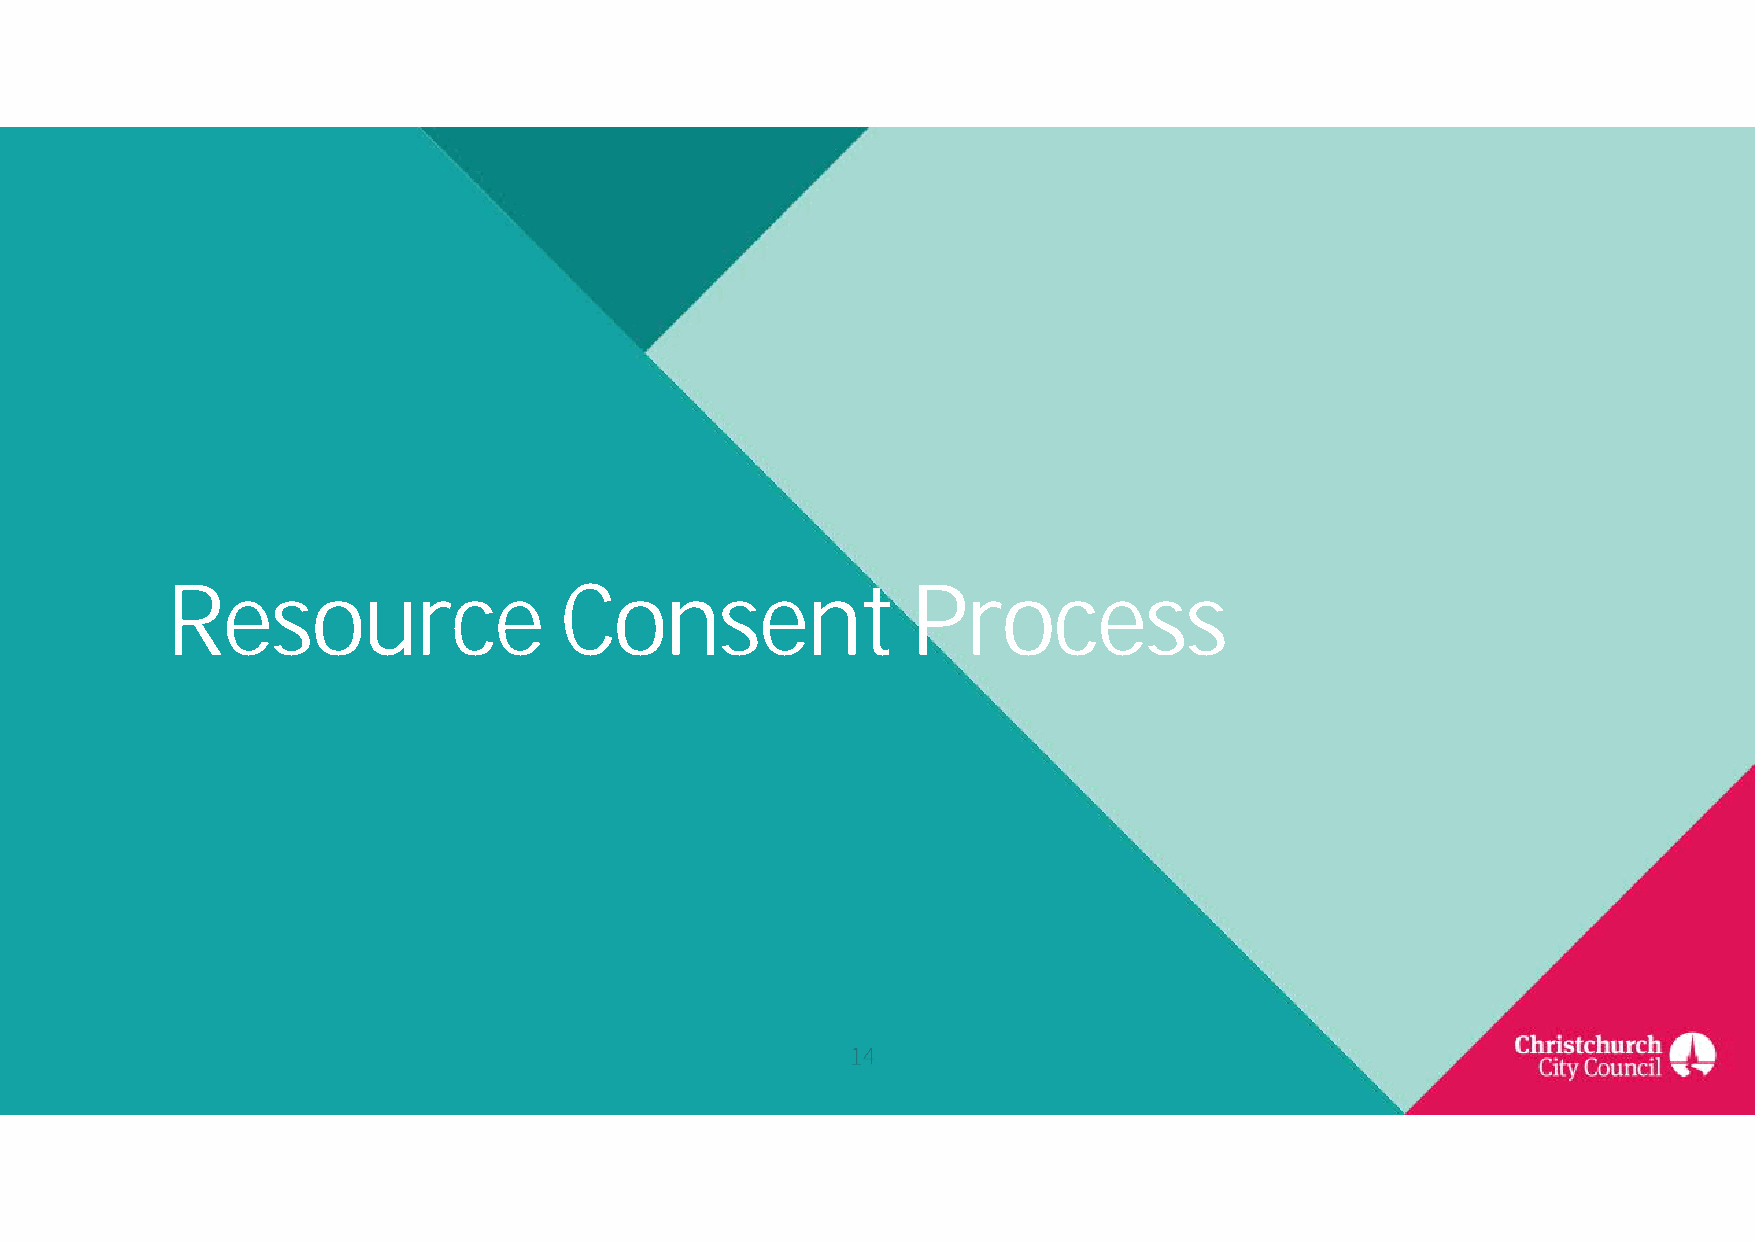
Resource                  Consent                Process